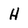
Character: h